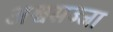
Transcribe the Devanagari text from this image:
अश्वसज्जा